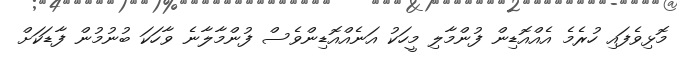
މޮޅިވެފައި ހުރެމެ އެއްއޮޑިން ފުންމާލި މީހަކު އަނެއްއޮޑިންވެސް ފުންމާލާނެ ވާހަކަ ބުނުމުން ފާޑަކަށް